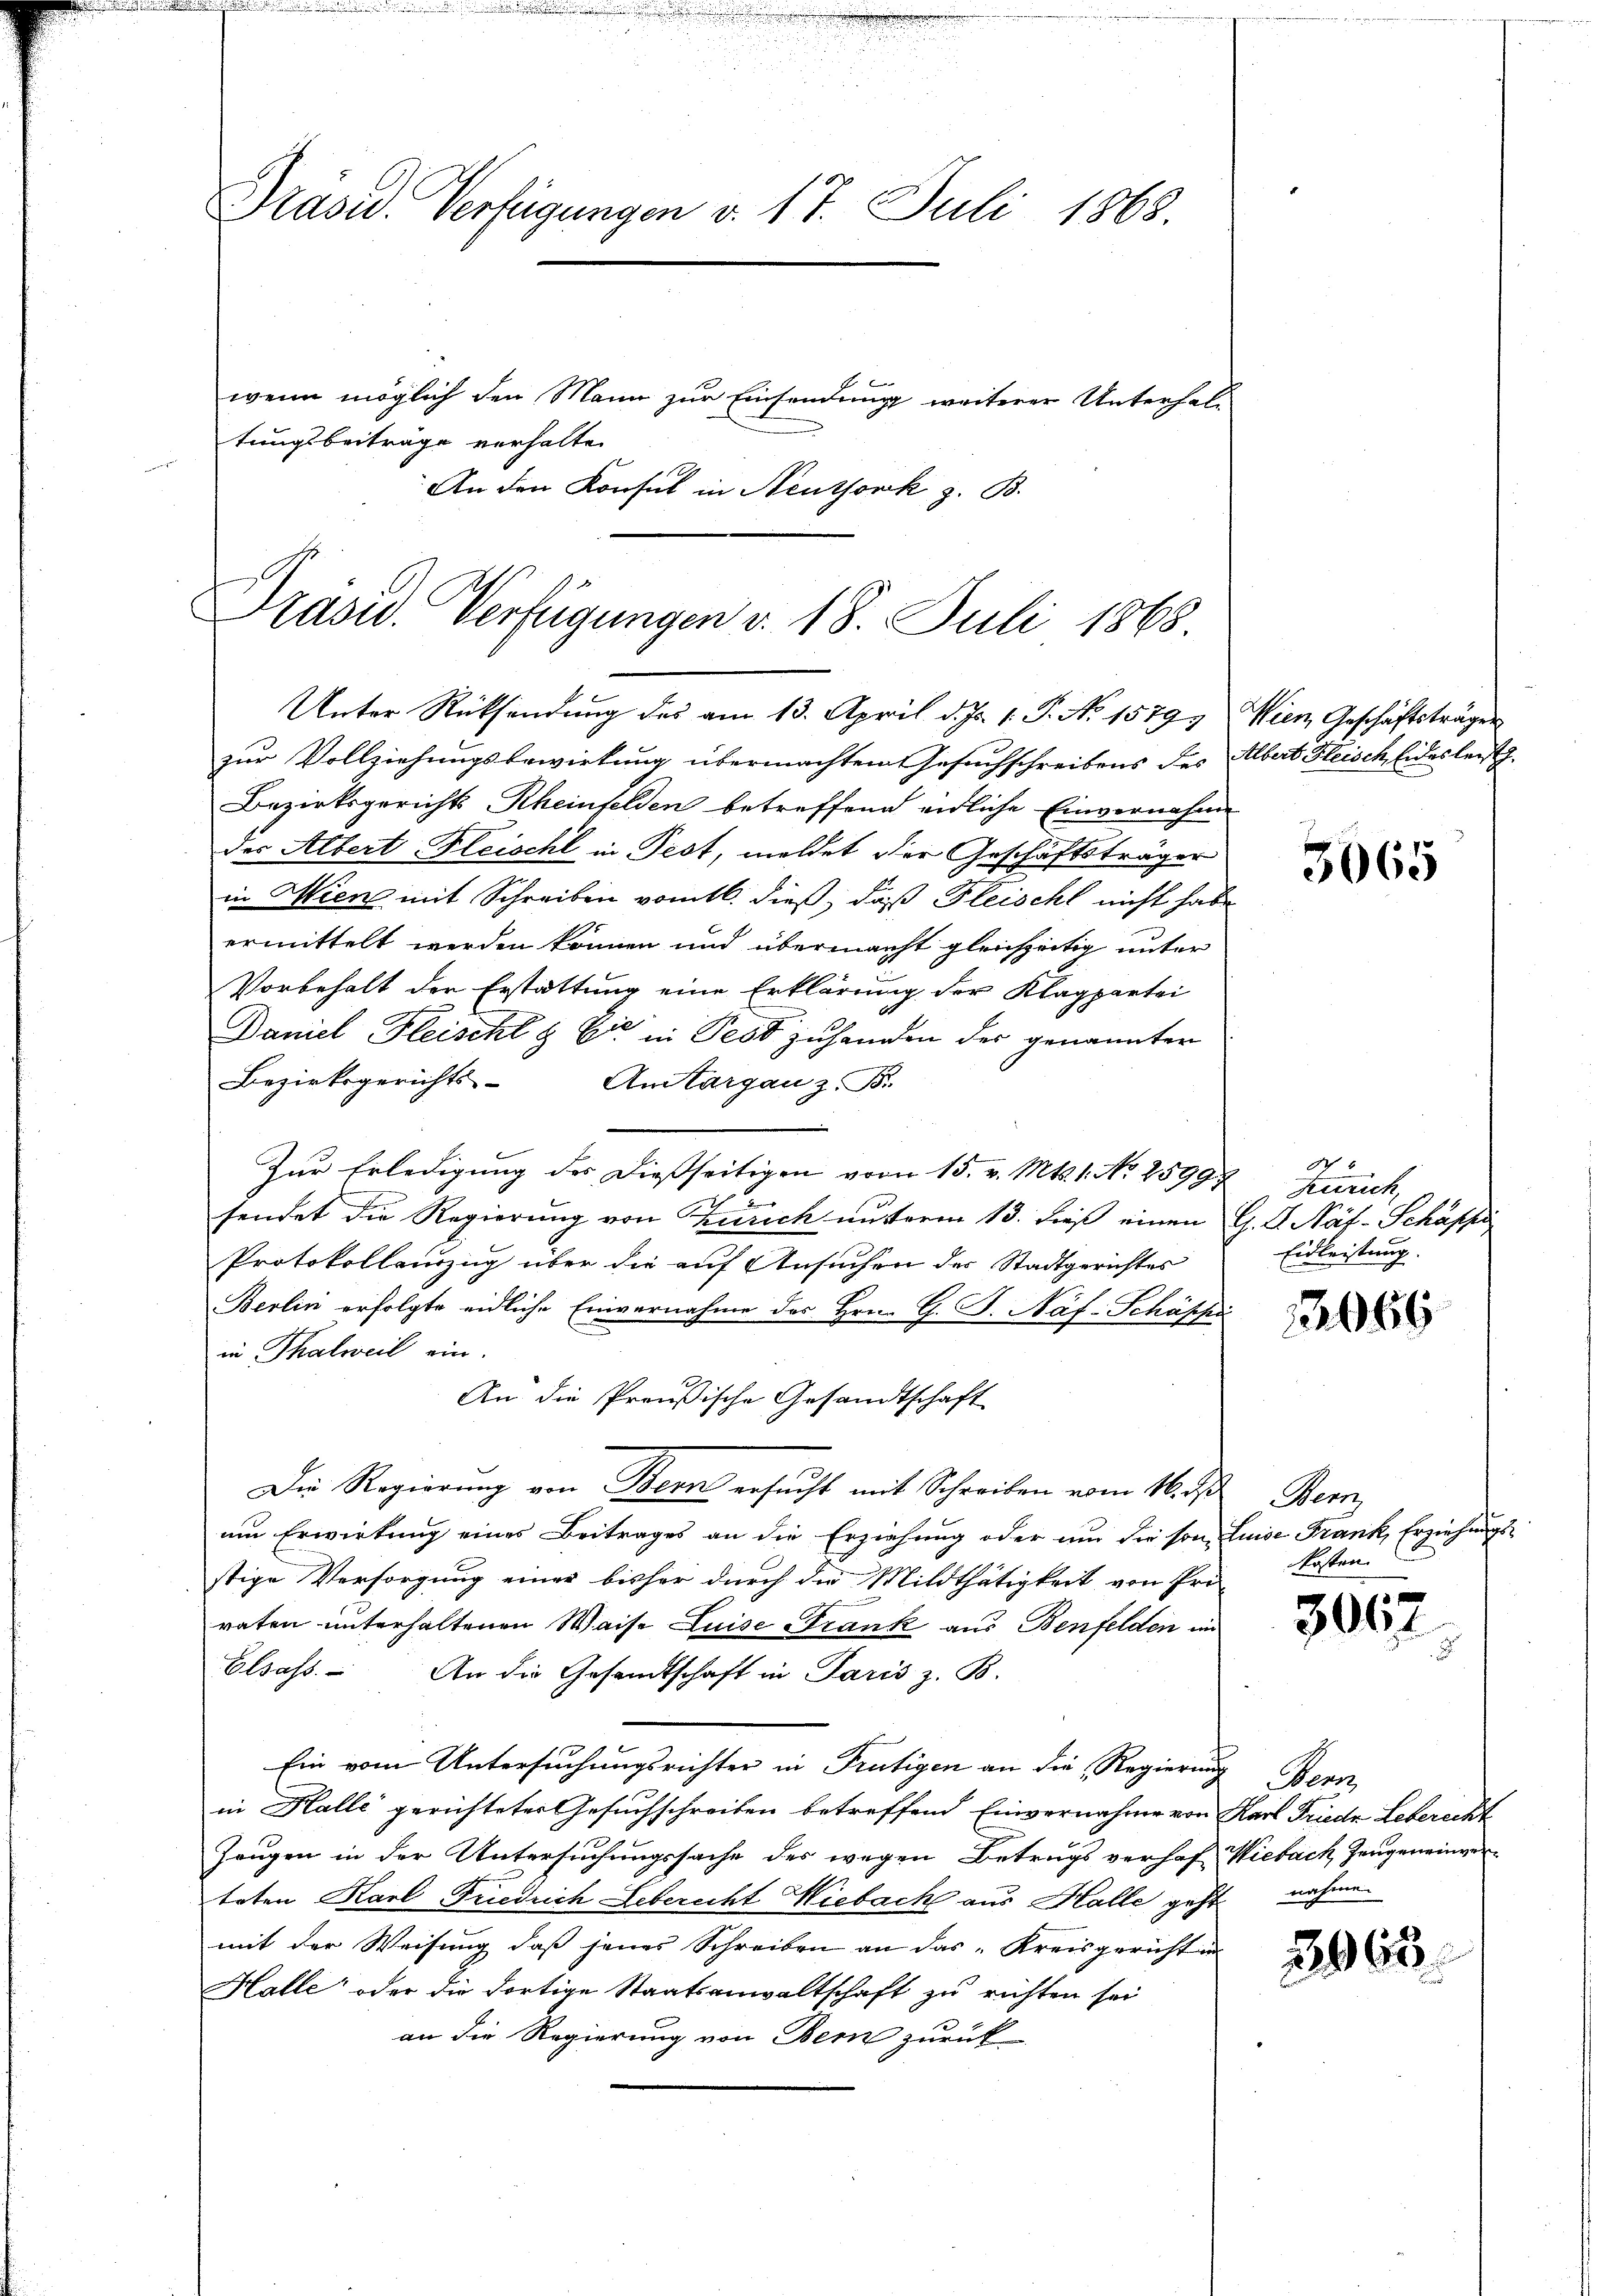
Präsid. Verfügungen d. 17. Juli 1868.
wenn möglich den Mann zur Einsendung weiterer Unterhal-
tungsbeiträge verhalten
An den Konsul in Neuthork z. B.

Präsid.. Verfügungen v. 18. Juli 1868.
Unter Rücksendung des am 13. April d. Js. 1. P. No 1579. Wien Geschäftsträger

zur Vollziehungsbewirkung übermachten Gesuchschreibens des Albert Fleisch, Eidesleist
Bezirksgerichts Rheinfelden betreffend eidliche Einvernahme
der Albert Fleischl in Fest, meldet der Geschäftsträger
in Wien mit Schreiben vom 16. dieß, daß Fleischt nicht habe
ermittelt werden können und übermacht gleichzeitig unter
Vorbehalt der Erstattung eine Erklärung der Klagpartei
Daniel Fleischl & Cie in Fest zu handen der genannter
Bezirksgerichts-
Antargau z. B.
Zur Erledigung des dießseitigen vom 15. v. Mts. 1. No 25997
u
sendet die Regierung von Zürich unterm 13. dieß einen G. P. Nät-Schaffe
Protokollenzug über die auf Ansuchen der Stadtgerichtes
Berlin erfolgte eidliche Einvernahme des Hrn. G. P. Naf-Schäsch
in Thalweil ein.
An die Preußische Gesandtschaft
Die Regierung von Bern ersucht mit Schreiben vom 16. ds
um Erwirkung eines Beitrages an die Erziehung oder um die son Luise Frank, Erziehungs-
stige Versorgung einer bisher durch die Mildthätigkeit von Pri-
raten unterhaltenen Waise Luise Frank aus Benfelden im
Elsass. An die Gesandtschaft in Paris z. B.
Ein vom Untersuchungsrichter in Frutigen an die Regierung Bern,
in Halle gerichteter Gesuchschreiben betreffend Einvernahme von Karl Frieder Leberecht
Zeugen in der Untersuchungssache des wegen Betrugs verhof Wiebach Zeugeneinverteten Karl Friedrich Leberecht Nieback aus Halle geht nahme
mit der Weisung daß jenes Schreiben an das Kreisgericht in
Halle oder die dortige Staatsanwaltschaft zu richten sei
an die Regierung von Bern zurück

3065

Zürich,
Eidleistung.

2066

Wenz
Kosten

3067

3963.